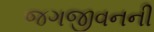
જગજીવનની